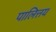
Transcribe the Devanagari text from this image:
पालित्तय